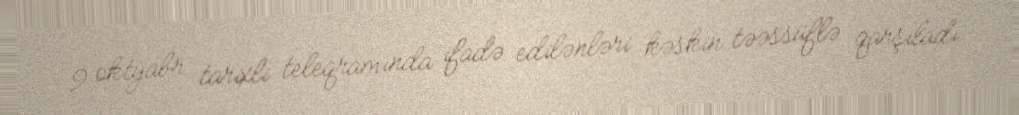
9 oktyabr tarixli teleqramında ifadə edilənləri kəskin təəssüflə qarşıladı.